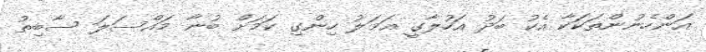
އަންހެނުންތަކަކާ އެކު ބަދު އަހުލާގީ އަމަލު ހިންގި ކަމަށް ބުނާ މައްސަލަ ސާބިތު